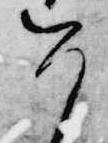
今